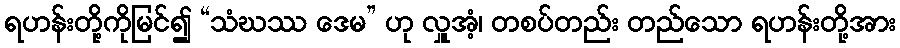
ရဟန်းတို့ကိုမြင်၍ “သံဃဿ ဒေမ” ဟု လှူအံ့၊ တစပ်တည်း တည်သော ရဟန်းတို့အား